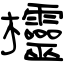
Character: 欞